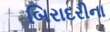
બિરાદરીના